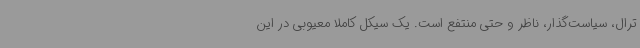
ترال، سیاست‌گذار، ناظر و حتی منتفع است. یک سیکل کاملا معیوبی در این